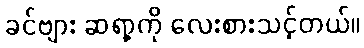
ခင်ဗျား ဆရာ့ကို လေးစားသင့်တယ်။